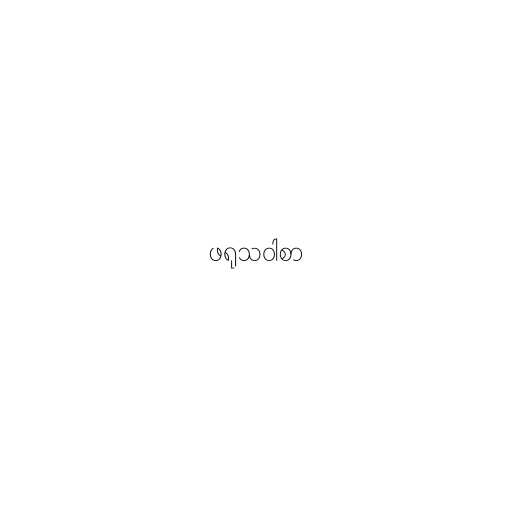
ဖရုသဝါစာ